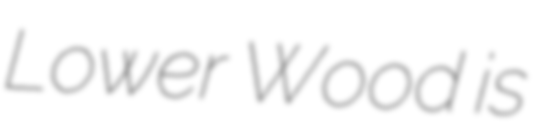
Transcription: Lower Wood is